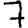
Digit: 7